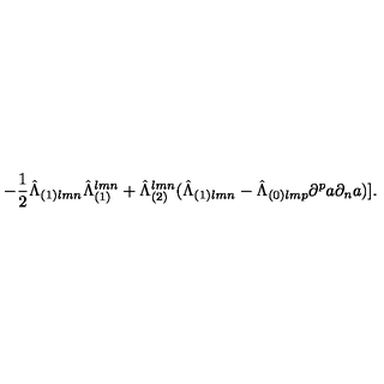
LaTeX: - { \frac { 1 } { 2 } } { \hat { \Lambda } } _ { ( 1 ) l m n } { \hat { \Lambda } } _ { ( 1 ) } ^ { l m n } + { \hat { \Lambda } } _ { ( 2 ) } ^ { l m n } ( { \hat { \Lambda } } _ { ( 1 ) l m n } - { \hat { \Lambda } } _ { ( 0 ) l m p } \partial ^ { p } a \partial _ { n } a ) ] .